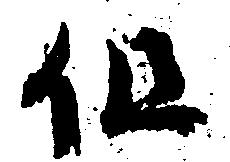
但